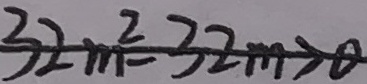
3 2 m ^ { 2 } - 3 2 m > 0